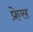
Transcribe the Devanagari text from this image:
फ्रेस